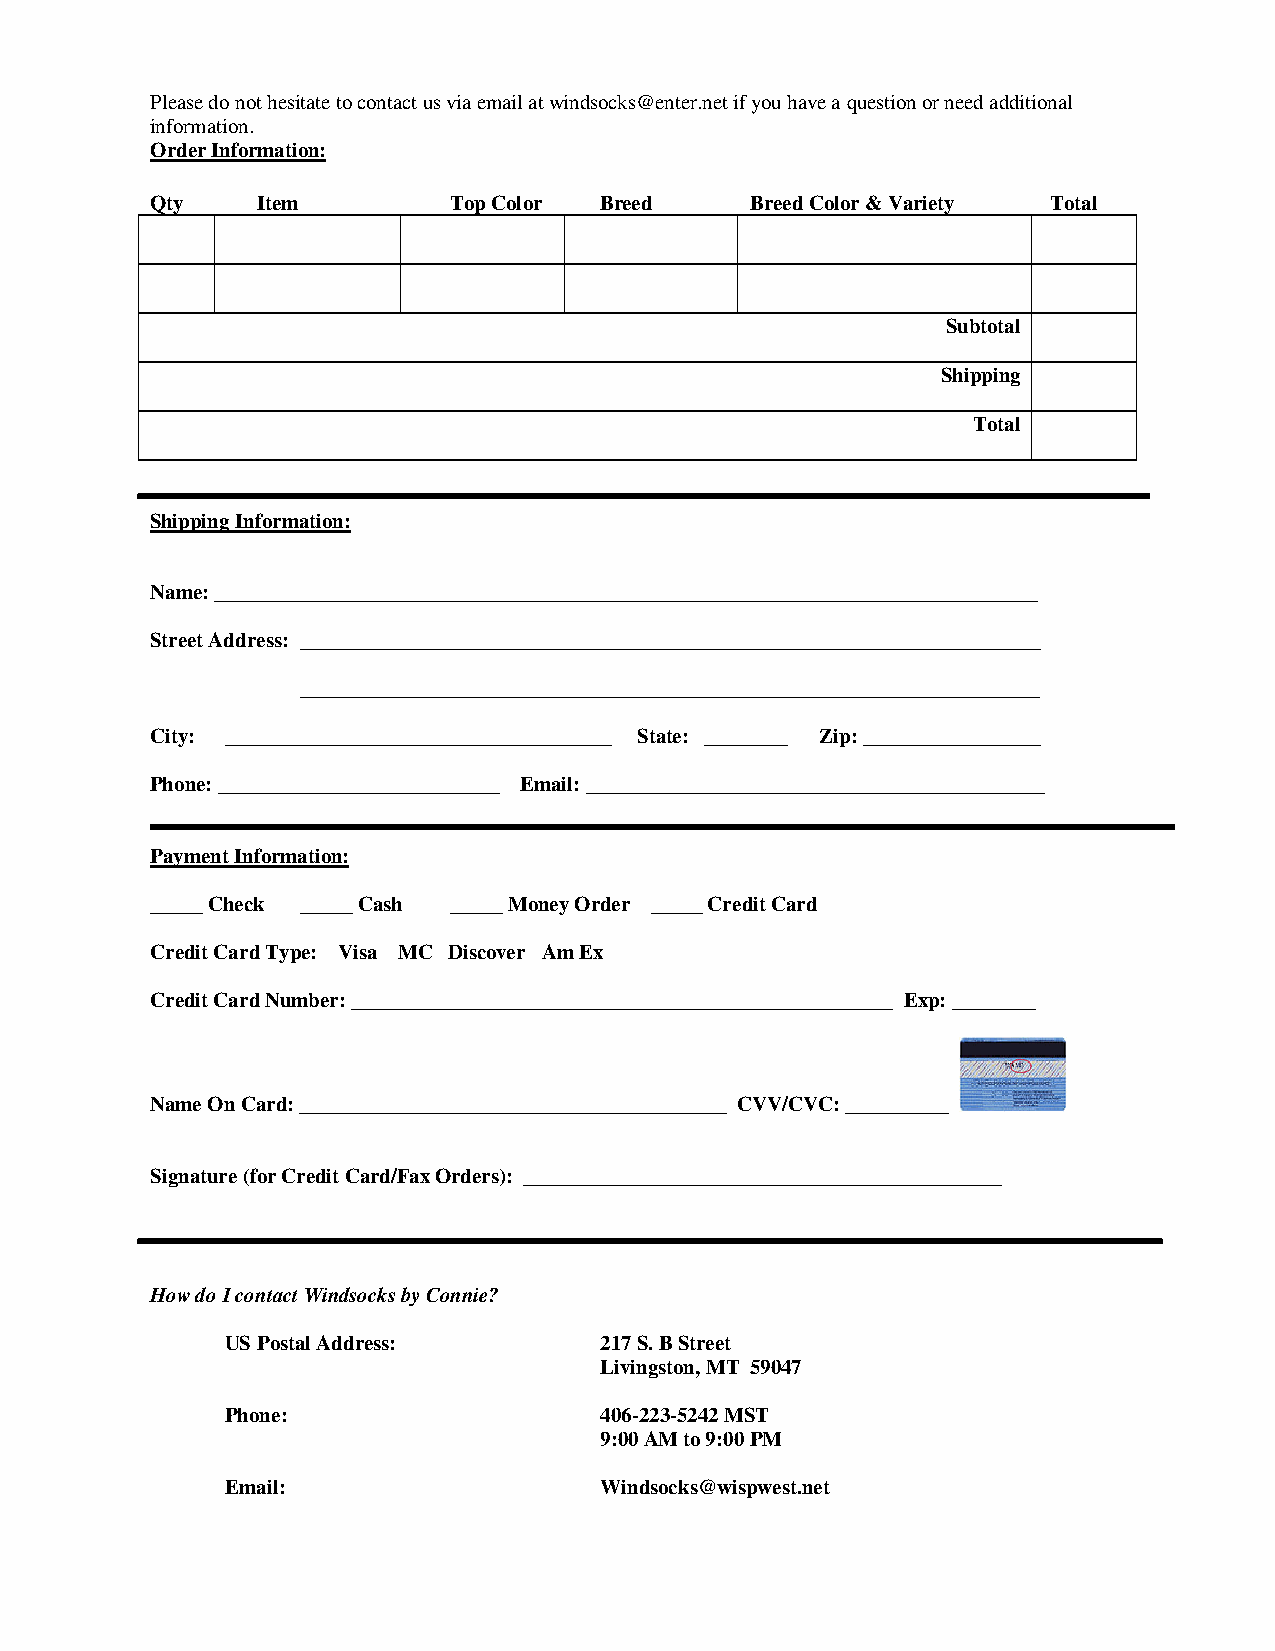
Please do not hesitate to contact us via email at windsocks@enter.net if you have a question or need additional
 information.
 Order Information:
 Qty    Item         Top Color Breed     Breed Color & Variety Total
 Subtotal
 Shipping
 Total
 Shipping Information:
 Name: _______________________________________________________________________________
 Street Address: _______________________________________________________________________
 _______________________________________________________________________
 City: _____________________________________ State: ________ Zip: _________________
 Phone: ___________________________ Email: ____________________________________________
 Payment Information:
 _____ Check _____ Cash _____ Money Order _____ Credit Card
 Credit Card Type: Visa MC Discover Am Ex
 Credit Card Number: ____________________________________________________ Exp: ________
 Name On Card: _________________________________________ CVV/CVC: __________
 Signature (for Credit Card/Fax Orders): ______________________________________________
 How do I contact Windsocks by Connie?
 US Postal Address:       217 S. B Street
 Livingston, MT 59047
 Phone:                   406-223-5242 MST
 9:00 AM to 9:00 PM
 Email:                   Windsocks@wispwest.net